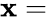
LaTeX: \mathbf{x}=